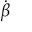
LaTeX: \dot { \boldsymbol { \beta } }